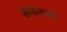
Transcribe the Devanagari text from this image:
कैपेलानो